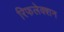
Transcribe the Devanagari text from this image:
रिफलेक्शन